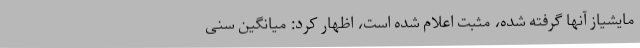
مایشیاز آنها گرفته شده، مثبت اعلام شده‌ است، اظهار کرد: میانگین سنی